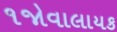
૧જોવાલાયક